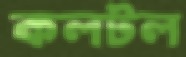
কলটল